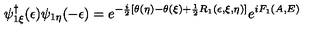
\psi _ { 1 \xi } ^ { \dagger } ( \epsilon ) \psi _ { 1 \eta } ( - \epsilon ) = e ^ { - \frac { i } { 2 } [ \theta ( \eta ) - \theta ( \xi ) + \frac { 1 } { 2 } R _ { 1 } ( \epsilon , \xi , \eta ) ] } e ^ { i F _ { 1 } ( A , E ) }